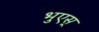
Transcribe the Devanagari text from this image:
भुएस्‌